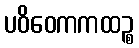
ပဝိဝေကကထဉ္စ